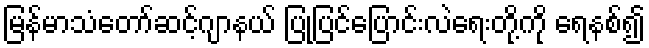
မြန်မာသံတော်ဆင့်ဂျာနယ် ပြုပြင်ပြောင်းလဲရေးတို့ကို ရေနစ်၍